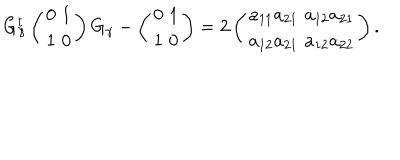
G _ { \gamma } ^ { t } \left( \begin{array} { c } { { 0 } } \\ { { 1 } } \\ \end{array} \begin{array} { c c } { { 1 } } \\ { { 0 } } \\ \end{array} \right) G _ { \gamma } - \left( \begin{array} { c } { { 0 } } \\ { { 1 } } \\ \end{array} \begin{array} { c c } { { 1 } } \\ { { 0 } } \\ \end{array} \right) = 2 \left( \begin{array} { c } { { a _ { 1 1 } a _ { 2 1 } } } \\ { { a _ { 1 2 } a _ { 2 1 } } } \\ \end{array} \begin{array} { c c } { { a _ { 1 2 } a _ { 2 1 } } } \\ { { a _ { 1 2 } a _ { 2 2 } } } \\ \end{array} \right) .